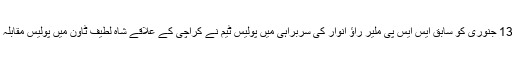
واضح رہے کہ 13 جنوری کو سابق ایس ایس پی ملیر راؤ انوار کی سربراہی میں پولیس ٹیم نے کراچی کے علاقے شاہ لطیف ٹاؤن میں پولیس مقابلہ کا دعویٰ‌ کیا تھا۔